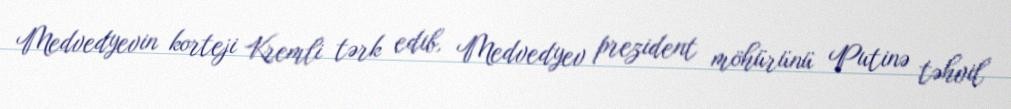
Medvedyevin korteji Kremli tərk edib, Medvedyev prezident möhürünü Putinə təhvil